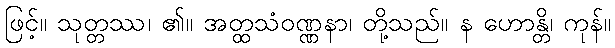
ဖြင့်။ သုတ္တဿ၊ ၏။ အတ္ထသံဝဏ္ဏနာ၊ တို့သည်။ န ဟောန္တိ၊ ကုန်။